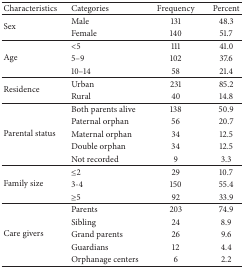
<table><thead><tr><td><b>Characteristics</b></td><td><b>Categories</b></td><td><b>Frequency</b></td><td><b>Percent </b></td></tr></thead><tbody><tr><td rowspan="2">Sex</td><td>Male </td><td>131</td><td>48.3</td></tr><tr><td>Female</td><td>140</td><td>51.7</td></tr><tr><td rowspan="3">Age</td><td>&lt;5</td><td>111</td><td>41.0</td></tr><tr><td>5–9</td><td>102 </td><td>37.6</td></tr><tr><td>10–14</td><td>58</td><td>21.4</td></tr><tr><td rowspan="2">Residence</td><td>Urban</td><td>231</td><td>85.2</td></tr><tr><td>Rural</td><td>40</td><td>14.8</td></tr><tr><td rowspan="5">Parental status </td><td>Both parents alive</td><td>138</td><td>50.9</td></tr><tr><td>Paternal orphan</td><td>56</td><td>20.7</td></tr><tr><td>Maternal orphan</td><td>34</td><td>12.5</td></tr><tr><td>Double orphan</td><td>34</td><td>12.5</td></tr><tr><td>Not recorded</td><td>9</td><td>3.3</td></tr><tr><td rowspan="3">Family size</td><td>≤2</td><td>29</td><td>10.7</td></tr><tr><td>3-4</td><td>150</td><td>55.4</td></tr><tr><td>≥5 </td><td>92</td><td>33.9</td></tr><tr><td rowspan="5">Care givers</td><td>Parents</td><td>203</td><td>74.9</td></tr><tr><td>Sibling</td><td>24</td><td>8.9</td></tr><tr><td>Grand parents</td><td>26</td><td>9.6</td></tr><tr><td>Guardians</td><td>12</td><td>4.4</td></tr><tr><td>Orphanage centers</td><td>6</td><td>2.2</td></tr></tbody></table>